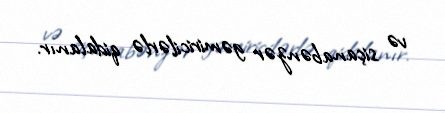
və siçanabənzər gəmiricilərlə qidalanır.